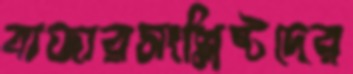
বাজারসংশ্লিষ্টদের